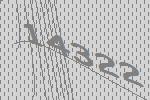
14322